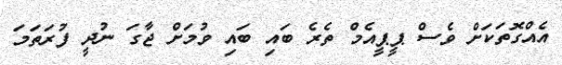
އެއްގޮތަކަށް ވެސް ޕީޕީއެމް ތެރެ ބައި ބައި ވުމަށް ޖާގަ ނުދީ ފުރަތަމަ